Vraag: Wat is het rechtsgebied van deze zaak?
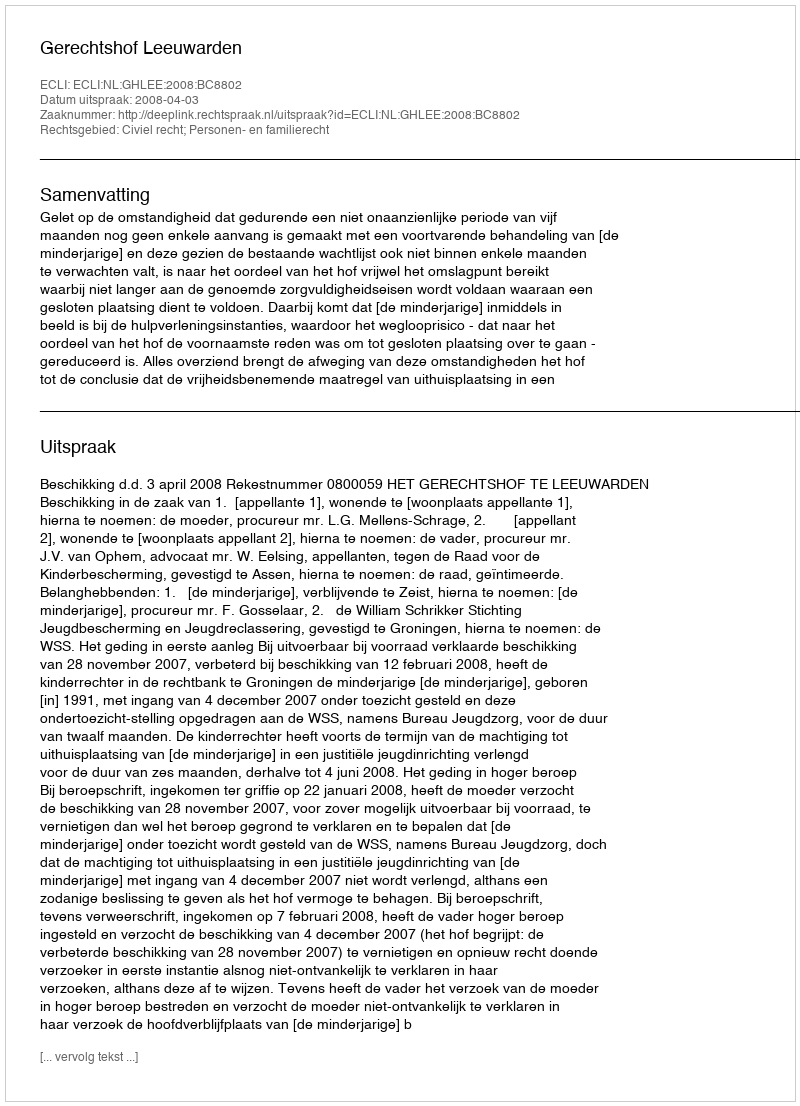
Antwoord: Civiel recht; Personen- en familierecht